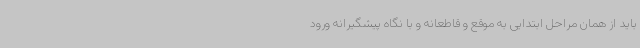
باید از همان مراحل ابتدایی به موقع و قاطعانه و با نگاه پیشگیرانه ورود